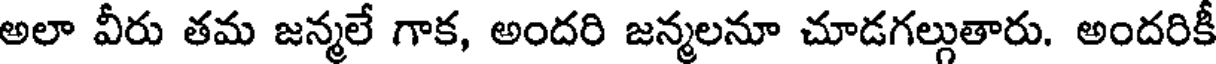
అలా వీరు తమ జన్మలే గాక, అందరి జన్మలనూ చూడగల్గుతారు. అందరికీ